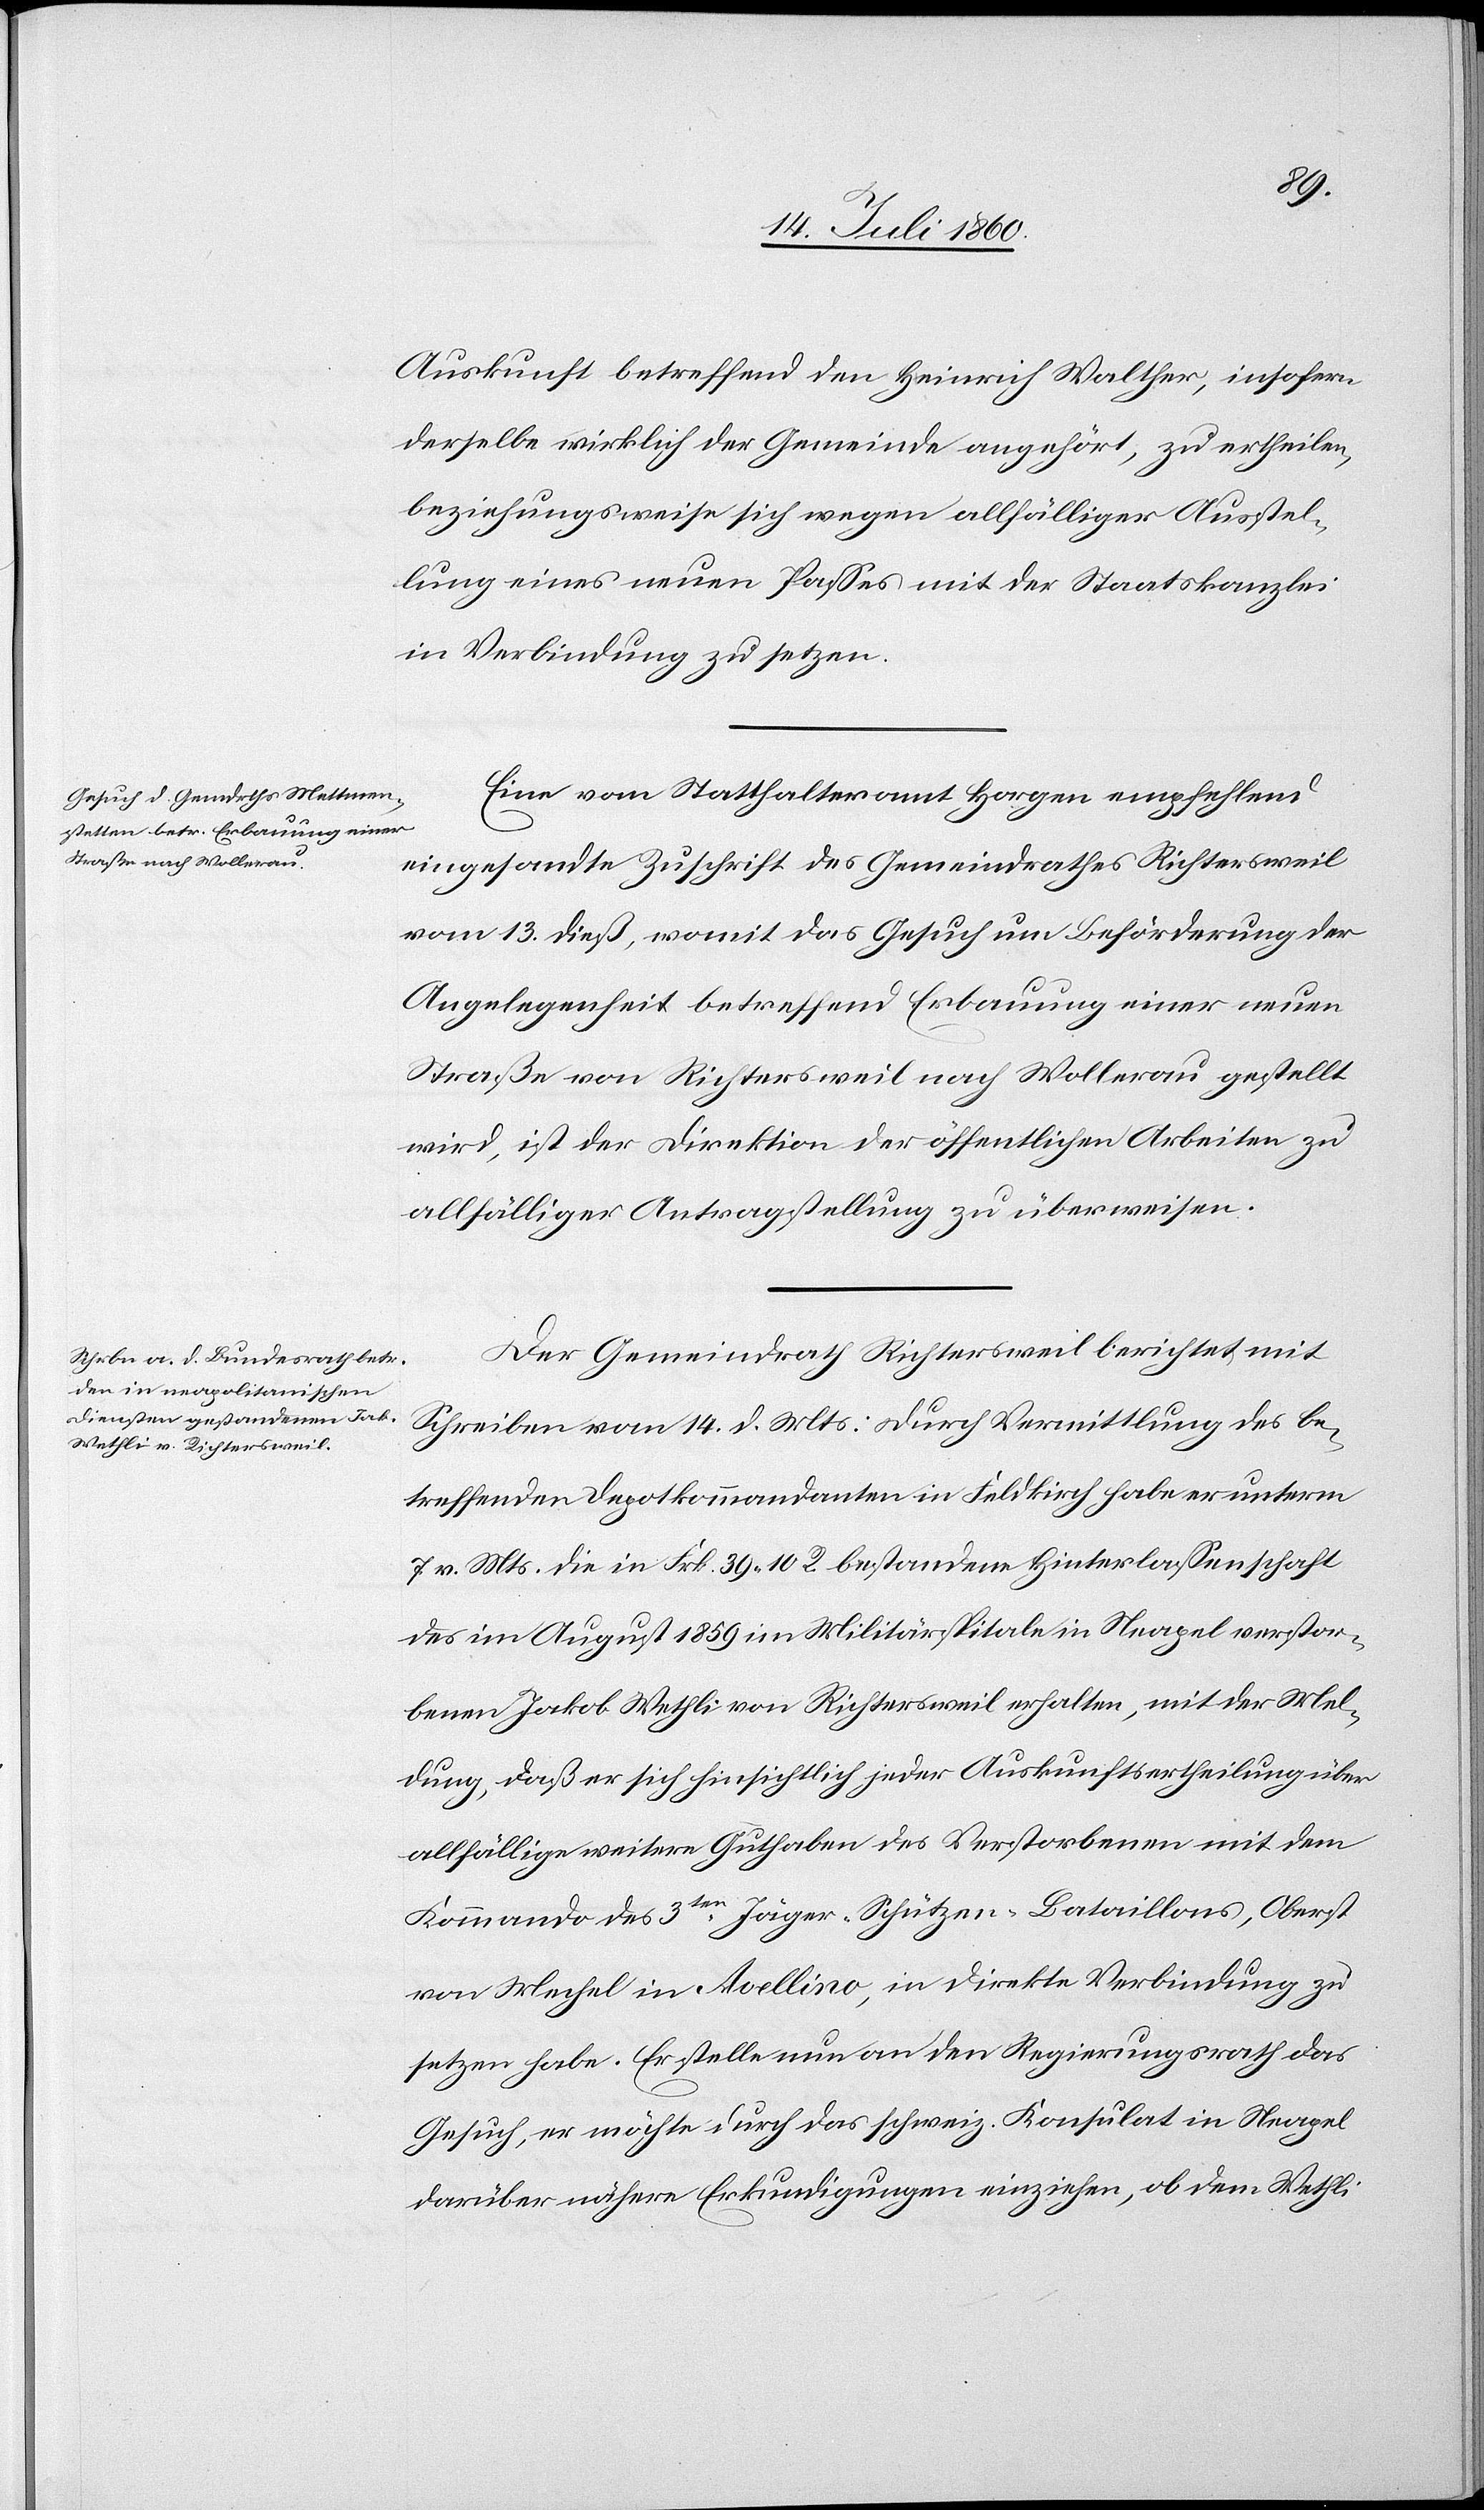
17. Juli 1860.]
Auskunft betreffend den Heinrich Walther, insofern
derselbe wirklich der Gemeinde angehört, zu ertheilen,
beziehungsweise sich wegen allfälliger Ausstel¬
lung eines neuen Passes mit der Staatskanzlei
in Verbindung zu setzen.
Eine vom Statthalteramt Horgen empfehlend
eingesandte Zuschrift des Gemeindrathes Richtersweil
vom 13. dieß, womit das Gesuch um Beförderung der
Angelegenheit betreffend Erbauung einer neuen
Straße von Richtersweil nach Wollerau gestellt
wird, ist der Direktion der öffentlichen Arbeiten zu
allfälliger Antragstellung zu überweisen.
Der Gemeindrath Richtersweil berichtet mit
Schreiben vom 14. d. Mts: durch Vermittlung des be¬
treffenden Depotkommandanten in Feldkirch habe er unterm
7. v. Mts. die in Frk. 39. 10 R. bestandene Hinterlassenschaft
des im August 1859 im Militärspitale in Neapel verstor¬
benen Jakob Wethli von Richtersweil erhalten, mit der Mel¬
dung, daß er sich hinsichtlich jeder Auskunftsertheilung über
allfällige weitere Guthaben des Verstorbenen mit dem
Kommando des 3ten. Jäger-Schützen-Bataillons, Oberst
von Mechel in Avellino, in direkte Verbindung zu
setzen habe. Er stelle nun an den Regierungsrath das
Gesuch, er möchte durch das schweiz. Konsulat in Neapel
darüber nähere Erkundigungen einziehen, ob dem Wethli